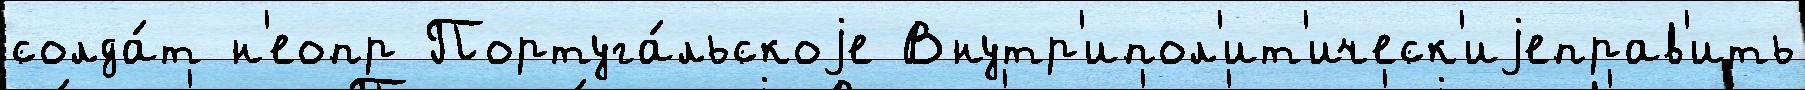
солда́т н'еопр Португа́льскоjе Внутр'ипол'ит'ическ'иjеправ'ить